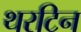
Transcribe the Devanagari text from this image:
थरटिन